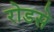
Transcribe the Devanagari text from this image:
रोडसे